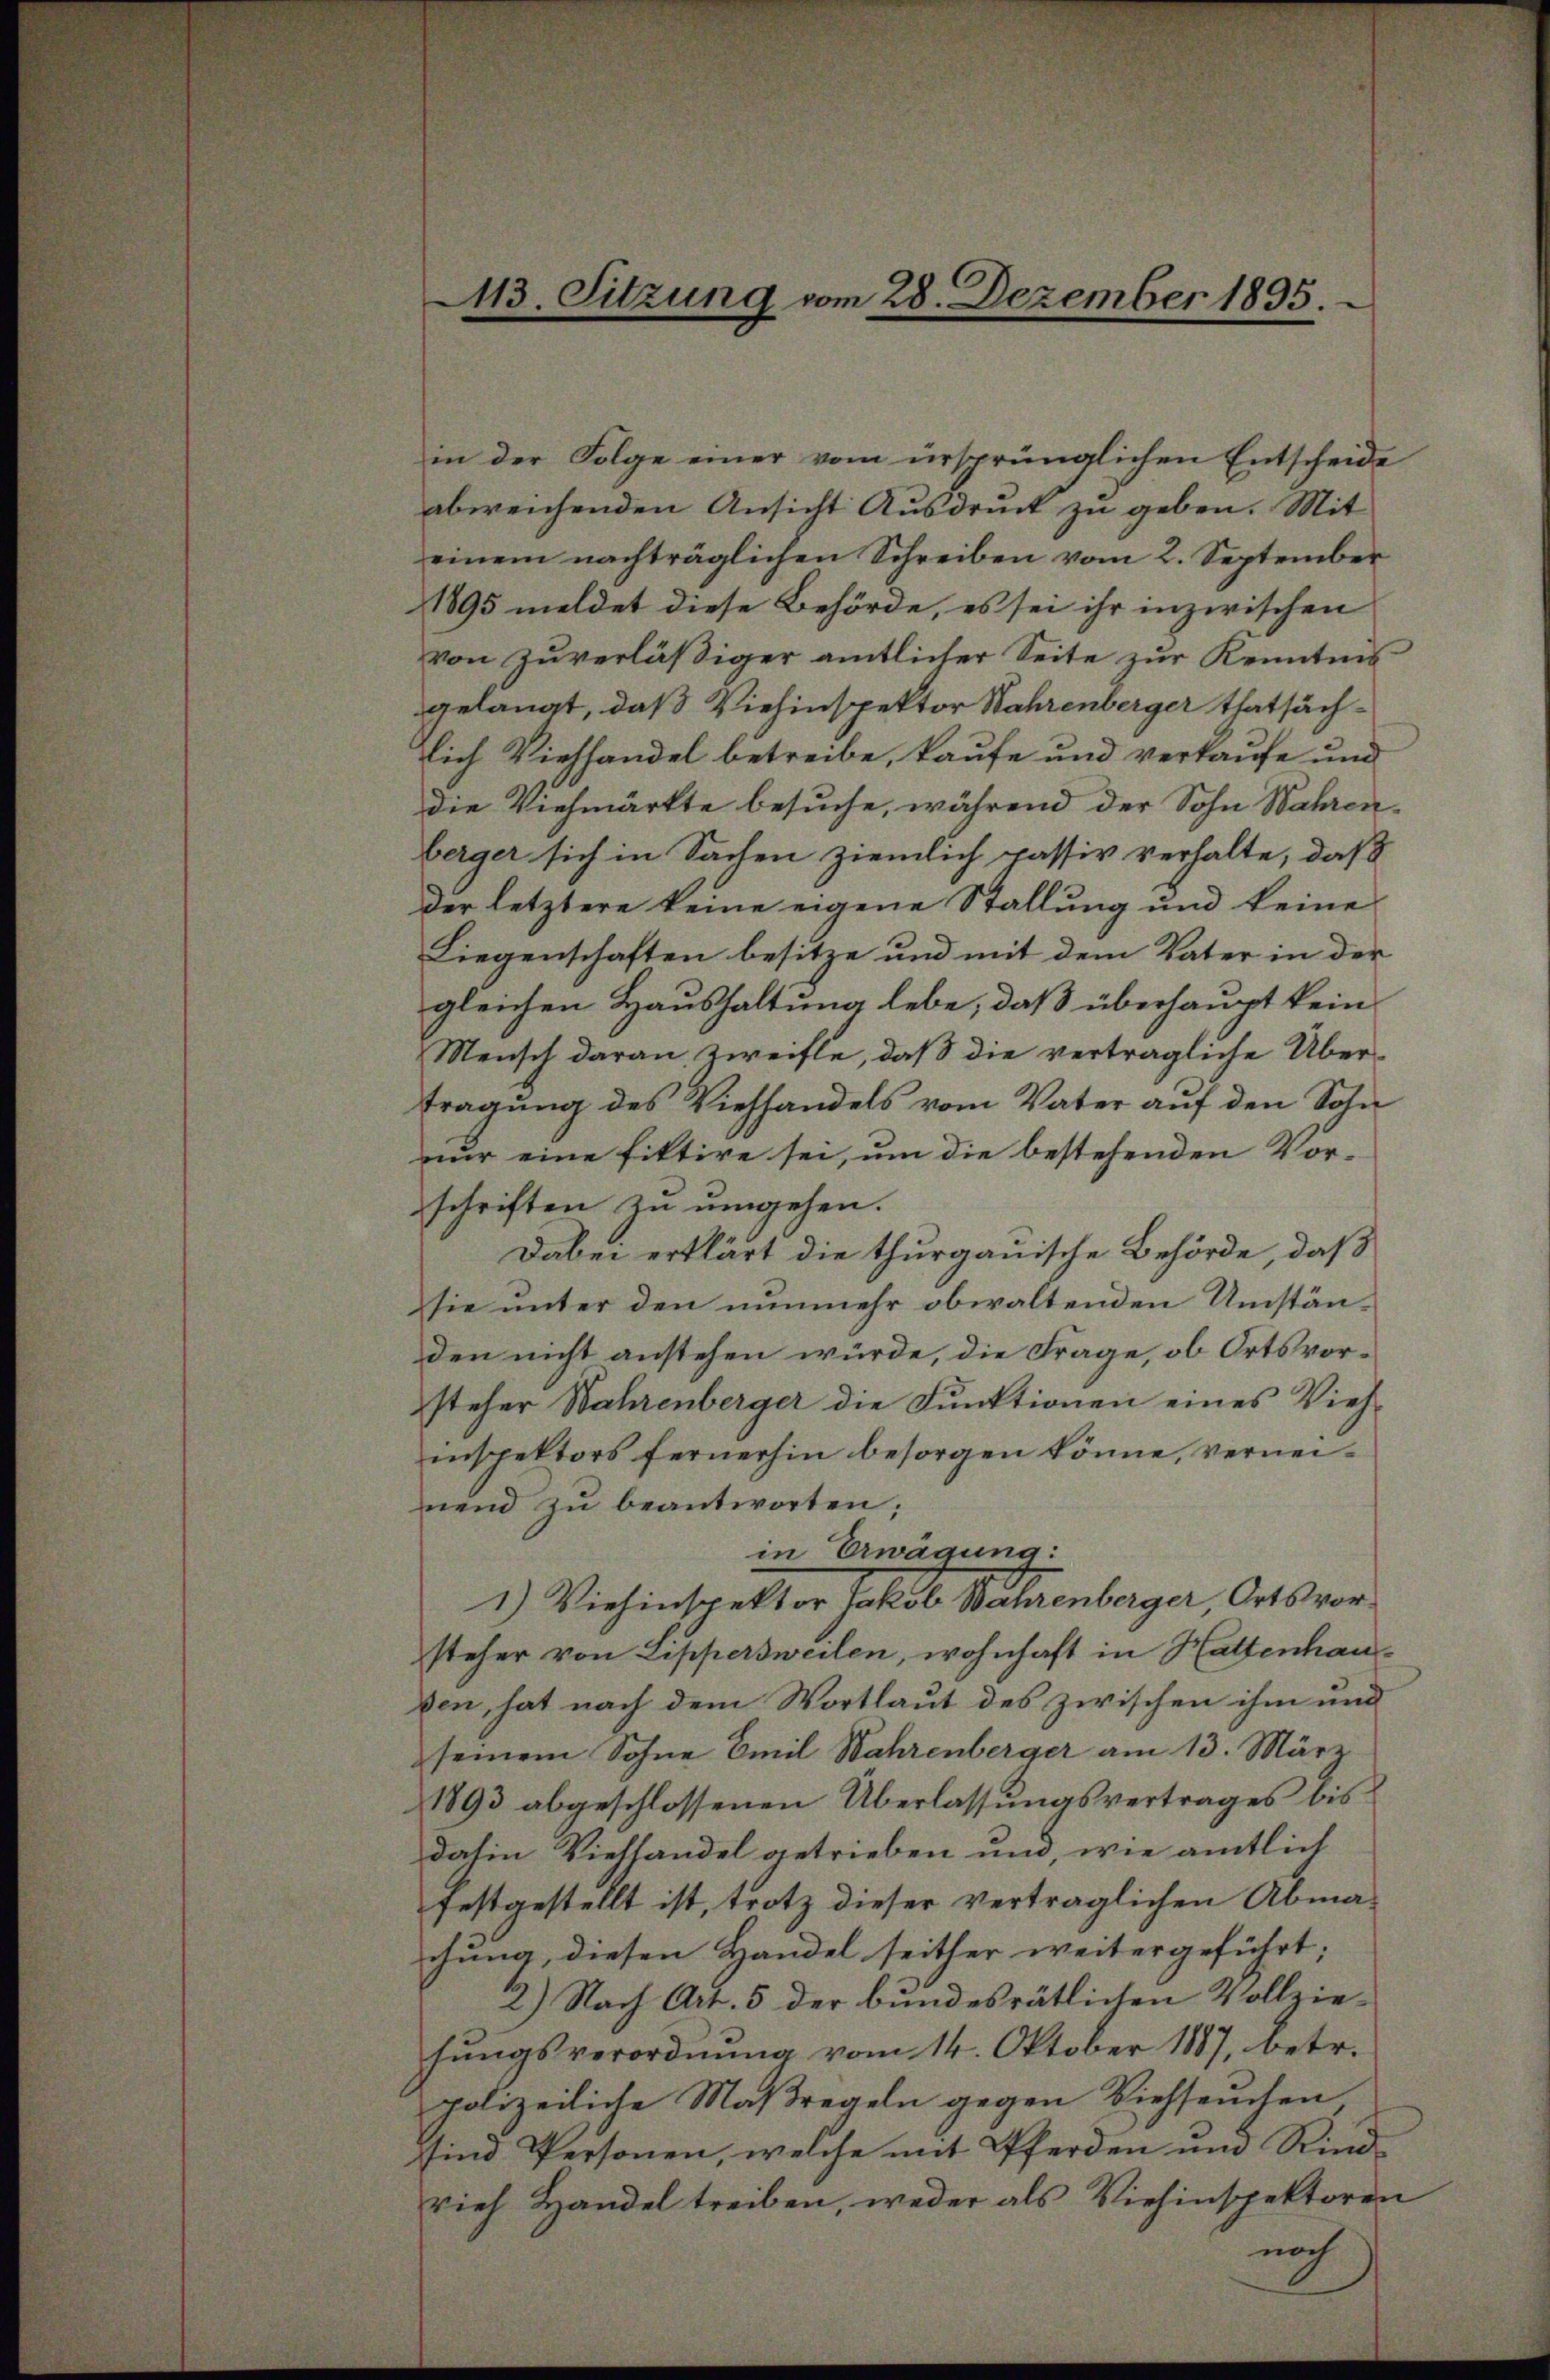
13. Sitzung vom 28. Dezember 1895.

in der Folge einer vom ursprünglichen Entscheide
abweichenden Ansicht Ausdruck zu geben. Mit
einem nachträglichen Schreiben vom 2. September
1895 meldet diese Behörde, es sei ihr inzwischen
von zuverläßiger amtlicher Seite zur Kenntnis
gelangt, daß Viehinspektor Wahrenberger thatsächlich Viehhandel betreibe, kaufe und verkaufe und
die Viehmärkte besuche, während der Sohn Wahrenberger sich in Sachen ziemlich passiv verhalte, daß
der letztere keine eigene Stallung und keine
Liegenschaften besitze und mit dem Vater in der
gleichen Haushaltung lebe, daß überhaupt kein
Mensch daran zweifle, daß die verträgliche Übertragung des Viehhandels vom Vater auf den Sohn
nur eine fittire sei, um die bestehenden Vor-
schriften zu umgehen.
Dabei erklärt die thurgauische Behörde, daß
sie unter den nunmehr obwaltenden Umständen nicht anstehen würde, die Frage, ob Ortsvorsteher Wahrenberger die Funktionen eines Vieh-
inspektors fernerhin besorgen könne, verneinend zŭ beantworten;
in Erwägung:
1) Viehinspektor Jakob Bachenberger Ortsvorsteher von Lippersweilen, wohnhaft in Hattenhauken, hat nach dem Wortlaut des zwischen ihm und
seinem Sohne Emil Wahrenberger am 13. März
1893 abgeschlossenen Überlassungsvertrages bis
dahin Viehhandel getrieben und, wie amtlich
festgestellt ist, trotz dieser vertraglichen Abmachung, diesen Handel seither weitergeführt;
2) Nach Art. 5 der bundesrätlichen Vollziesŭngsverordnŭng vom 14. Oktober 1887, betr.
polizeiliche Maßregeln gegen Viehsamten
sind Personen, welche mit Pferden und Rindvieh Handel treiben, weder als Viehinspektoren
noch